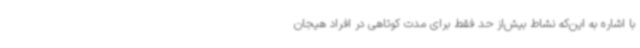
با اشاره به این‌که نشاط بیش‌از حد فقط برای مدت کوتاهی در افراد هیجان